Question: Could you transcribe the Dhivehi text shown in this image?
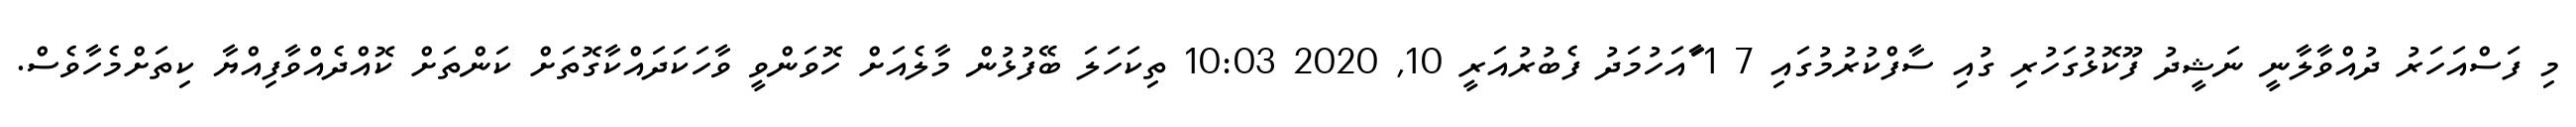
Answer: މި ފަސްއަހަރު ދުއްވާލާނީ ނަޝީދު ފޫކޮޅުގަހުރި ގުއި ސާފްކުރުމުގައި 7 1 ާައަހުމަދު ފެބުރުއަރީ 10, 2020 10:03 ތިކަހަލަ ބޭފުޅުން މާލެއަށް ހޮވަންވީ ވާހަކަދައްކާގޮތަށް ކަންތަށް ކޮއްދެއްވާފިއްޔާ ކިތަށްމެހާވެސް.